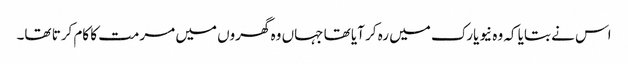
اس نے بتایا کہ وہ نیویارک میں رہ کر آیا تھا جہاں وہ گھروں میں مرمت کا کام کرتا تھا۔